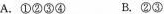
A.①②③④ B.②③